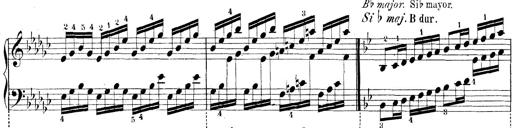
Title: Technische Studien
Composer: Franz Liszt